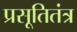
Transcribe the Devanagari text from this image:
प्रसूतितंत्र